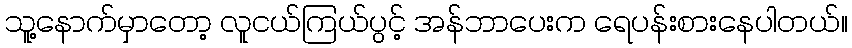
သူ့နောက်မှာတော့ လူငယ်ကြယ်ပွင့် အန်ဘာပေးက ရေပန်းစားနေပါတယ်။